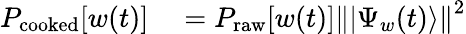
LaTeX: \begin{array}{rl}{P_{\textrm{cooked}}[w(t)]}&{{}=P_{\textrm{raw}}[w(t)]\left\| |\Psi_{w}(t)\rangle\right\| ^{2}}\end{array}